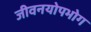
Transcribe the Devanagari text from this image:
जीवनयोपभोग